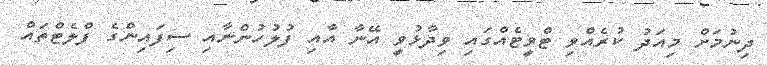
ދިނުމަށް މިއަދު ކުރެއްވި ޓްވީޓެއްގައި ވިދާޅުވީ އޭނާ އާއި ފުލުހުންނާއި ސިފައިންގެ ފްލެޓްތައް